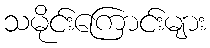
သမိုင်းကြောင်းများ